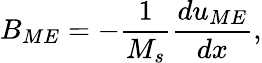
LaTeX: B_{ME}=-\frac{1}{M_{s}}\frac{du_{ME}}{dx},